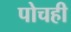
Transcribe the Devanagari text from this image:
पोचही